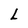
Character: L